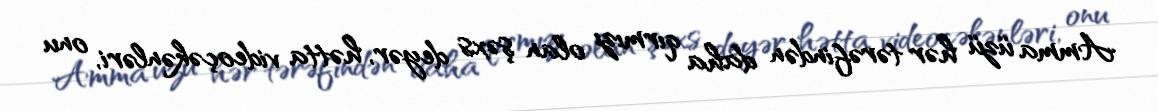
Amma üzü hər tərəfindən daha qırmızı olan şəxs deyər, hətta videoçəkənləri, onu